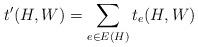
LaTeX: \begin{align*}t'(H, W) = \sum_{e \in E(H)} t_e(H, W)\end{align*}